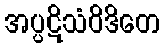
အပ္ပဋိသံဝိဒိတေ